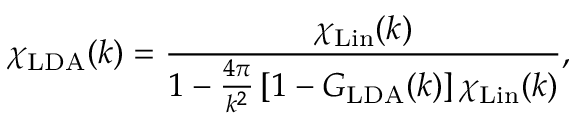
\chi _ { \mathrm { L D A } } ( k ) = \frac { \chi _ { \mathrm { L i n } } ( k ) } { 1 - \frac { 4 \pi } { k ^ { 2 } } \left[ 1 - G _ { \mathrm { L D A } } ( k ) \right] \chi _ { \mathrm { L i n } } ( k ) } ,